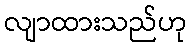
လျာထားသည်ဟု